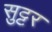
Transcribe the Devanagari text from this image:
सुट्टर